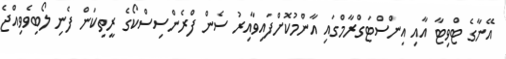
އޭނާގެ ޓްވިޓާ އާއި އިންސްޓަގްރާމްގައި އާންމުކޮށްފައިވާއިރު ސެން ފްރެންސިސްކޯގެ ރީތިކަން ފެނި ލޯބިވެވިއްޖެ